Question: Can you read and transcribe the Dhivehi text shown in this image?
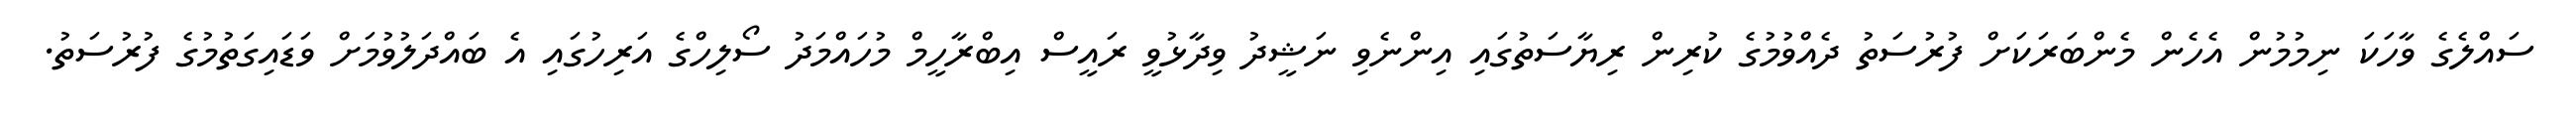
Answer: ސައްލެގެ ވާހަކަ ނިމުމުން އެހެން މެންބަރަކަށް ފުރުސަތު ދެއްވުމުގެ ކުރިން ރިޔާސަތުގައި އިންނެވި ނަޝީދު ވިދާޅުވީ ރައީސް އިބްރާހީމް މުހައްމަދު ސޯލިހްގެ އަރިހުގައި އެ ބައްދަލުވުމަށް ވަޑައިގަތުމުގެ ފުރުސަތު.